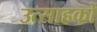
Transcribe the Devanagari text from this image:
उत्साहकों